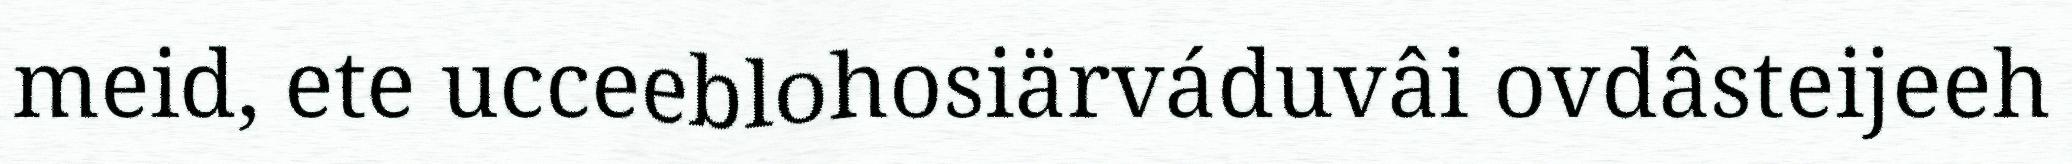
meid, ete ucceeblohosiärváduvâi ovdâsteijeeh